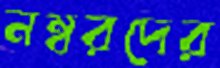
নম্বরদের